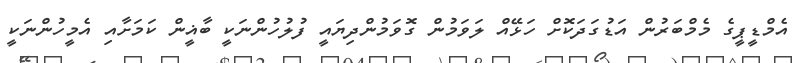
އެމްޑީޕީގެ މެމްބަރުން އަޑުގަދަކޮށް ހަޅޭއް ލަވަމުން ގޮވަމުންދިޔައީ ފުލުހުންނަކީ ބާޣީން ކަމަށާއި އެމީހުންނަކީ